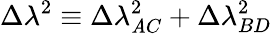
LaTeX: \Delta\lambda^{2}\equiv\Delta\lambda_{\mathit{A}C}^{2}+\Delta\lambda_{BD}^{2}